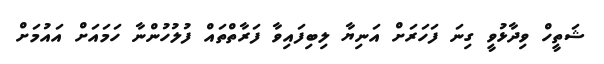
ޝަތީހް ވިދާޅުވީ ގިނަ ފަހަރަށް އަނިޔާ ލިބިފައިވާ ފަރާތްތައް ފުލުހުންނާ ހަމައަށް އައުމަށް